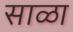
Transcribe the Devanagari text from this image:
साळा